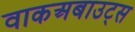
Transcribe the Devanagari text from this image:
वाकअबाउट्स